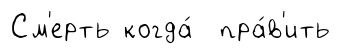
См'ерть когда́ пра́в'ить